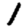
Digit: 1